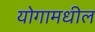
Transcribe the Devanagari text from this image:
योगामधील